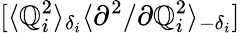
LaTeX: [\langle\mathbb{Q}_{i}^{2}\rangle_{\delta_{i}}\langle{\partial^{2}}/{\partial\mathbb{Q}_{i}^{2}}\rangle_{-\delta_{i}}]